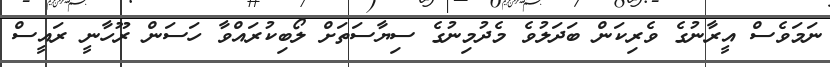
ނަމަވެސް އީރާނުގެ ވެރިކަން ބަދަލުވެ މެދުމިނުގެ ސިޔާސަތަށް ލޯބިކުރައްވާ ހަސަން ރޫހާނީ ރައީސް